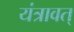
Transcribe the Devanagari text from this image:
यंत्रावत्